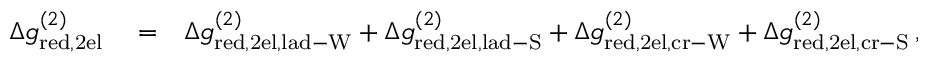
\begin{array} { r l r } { \Delta g _ { \mathrm { r e d , 2 e l } } ^ { ( 2 ) } } & { { } = } & { \Delta g _ { \mathrm { r e d , 2 e l , l a d - W } } ^ { ( 2 ) } + \Delta g _ { \mathrm { r e d , 2 e l , l a d - S } } ^ { ( 2 ) } + \Delta g _ { \mathrm { r e d , 2 e l , c r - W } } ^ { ( 2 ) } + \Delta g _ { \mathrm { r e d , 2 e l , c r - S } } ^ { ( 2 ) } \, , } \end{array}